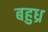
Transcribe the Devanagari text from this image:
बहुध्र